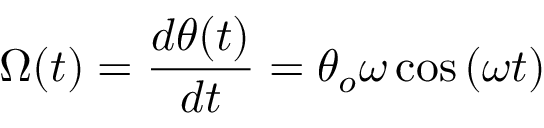
\Omega ( t ) = \frac { d \theta ( t ) } { d t } = \theta _ { o } \omega \cos \left( \omega t \right)